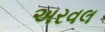
અરવલ